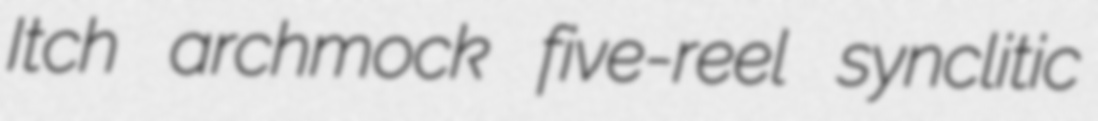
Itch archmock five-reel synclitic